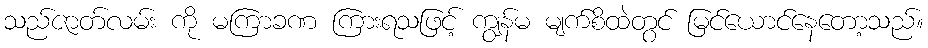
သည်ဇာတ်လမ်း ကို မကြာခဏ ကြားရသဖြင့် ကျွန်မ မျက်စိထဲတွင် မြင်ယောင်နေတော့သည်။